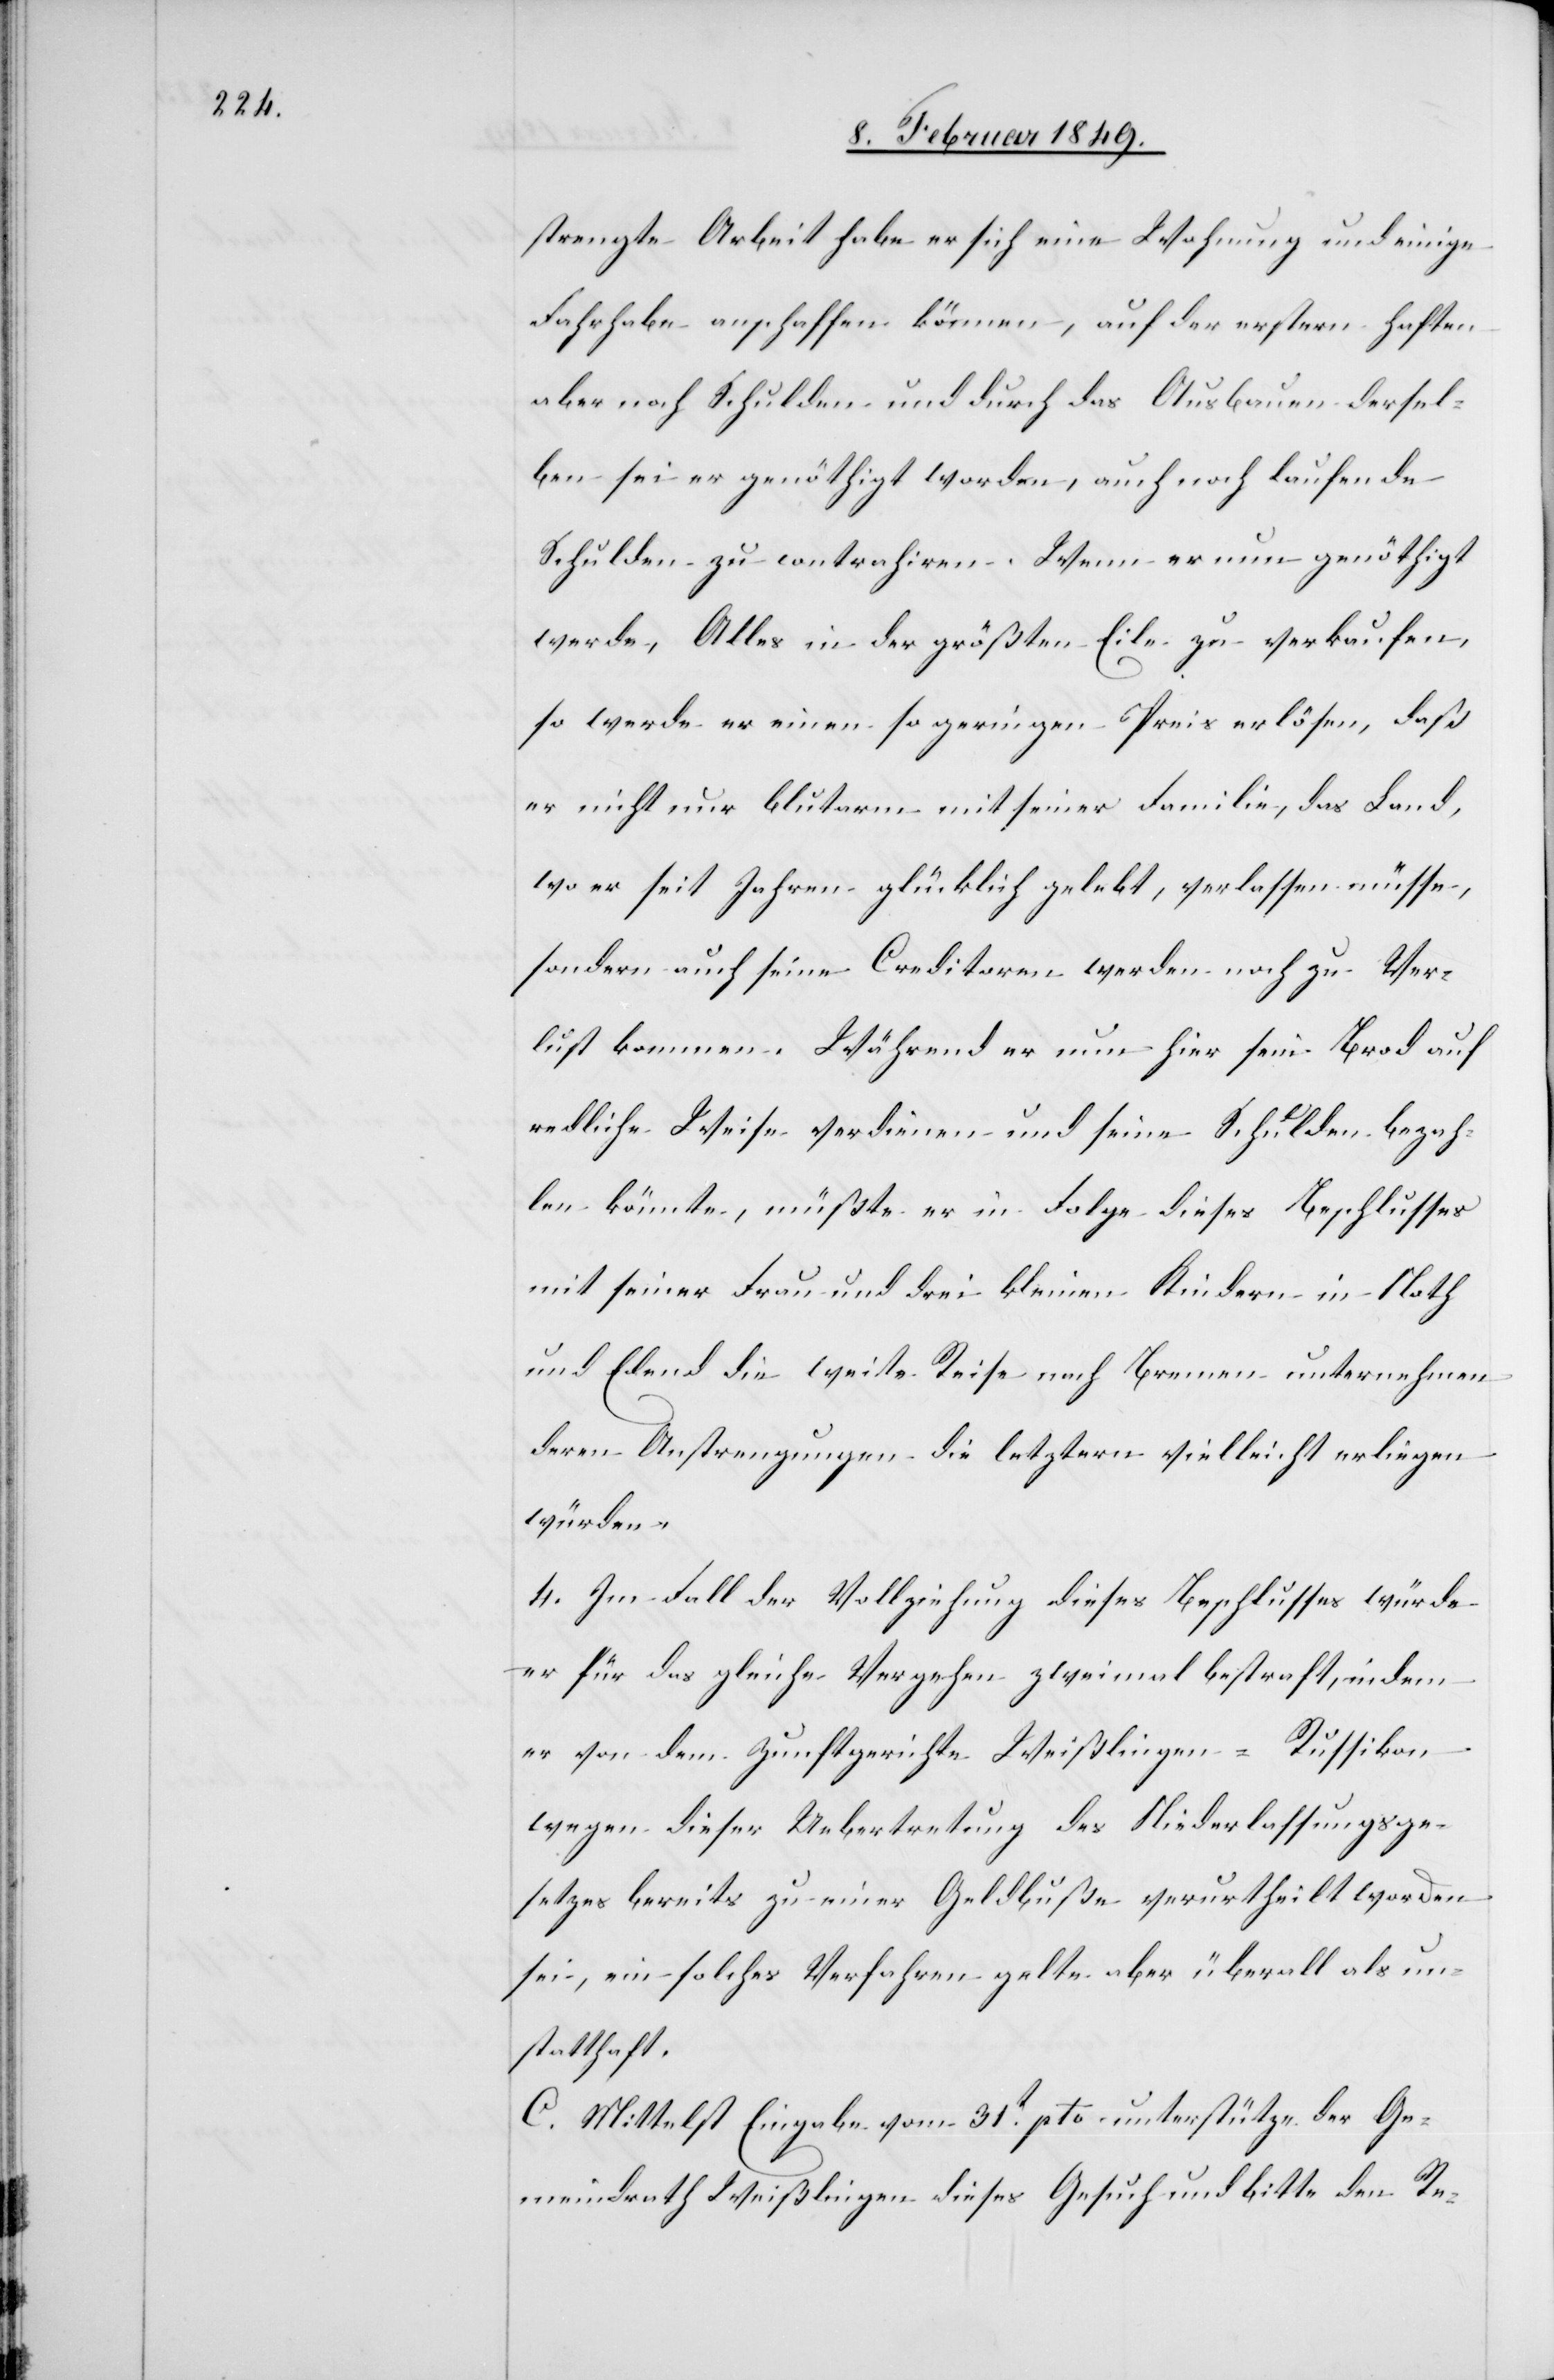
strengte Arbeit habe er sich eine Wohnung und einige
Fahrhabe anschaffen können, auf der erstern haften
aber noch Schulden und durch das Ausbauen dersel¬
ben sei er genöthigt worden, auch noch laufende
Schulden zu contrahiren. Wenn er nun genöthigt
werde, Alles in der größten Eile zu verkaufen,
so werde er einen so geringen Preis erlösen, daß
er nicht nur blutarm mit seiner Familie, das Land,
wo er seit Jahren glücklich gelebt, verlassen müsse,
sondern auch seine Creditoren werden noch zu Ver¬
lust kommen. Während er nun hier sein Brod auf
redliche Weise verdienen und seine Schulden bezah¬
len könnte, müßte er in Folge dieses Beschlusses
mit seiner Frau und drei kleinen Kindern in Noth
und Elend die weite Reise nach Bremen unternehmen
deren Anstrengungen die letztern vielleicht erliegen
würden.
4. Im Fall der Vollziehung dieses Beschlusses würde
er für das gleiche Vergehen zweimal bestraft, indem
er von dem Zunftgerichte Weißlingen-Russikon
wegen dieser Uebertretung des Niederlassungsge¬
setzes bereits zu einer Geldbuße verurtheilt worden
sei, ein solches Verfahren gelte aber überall als un¬
statthaft.
C. Mittelst Eingabe vom 31t. pto unterstütze der Ge¬
meindrath Weißlingen dieses Gesuch und bitte den Re-